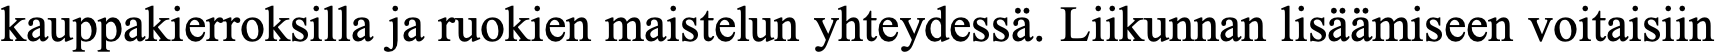
kauppakierroksilla ja ruokien maistelun yhteydessä. Liikunnan lisäämiseen voitaisiin